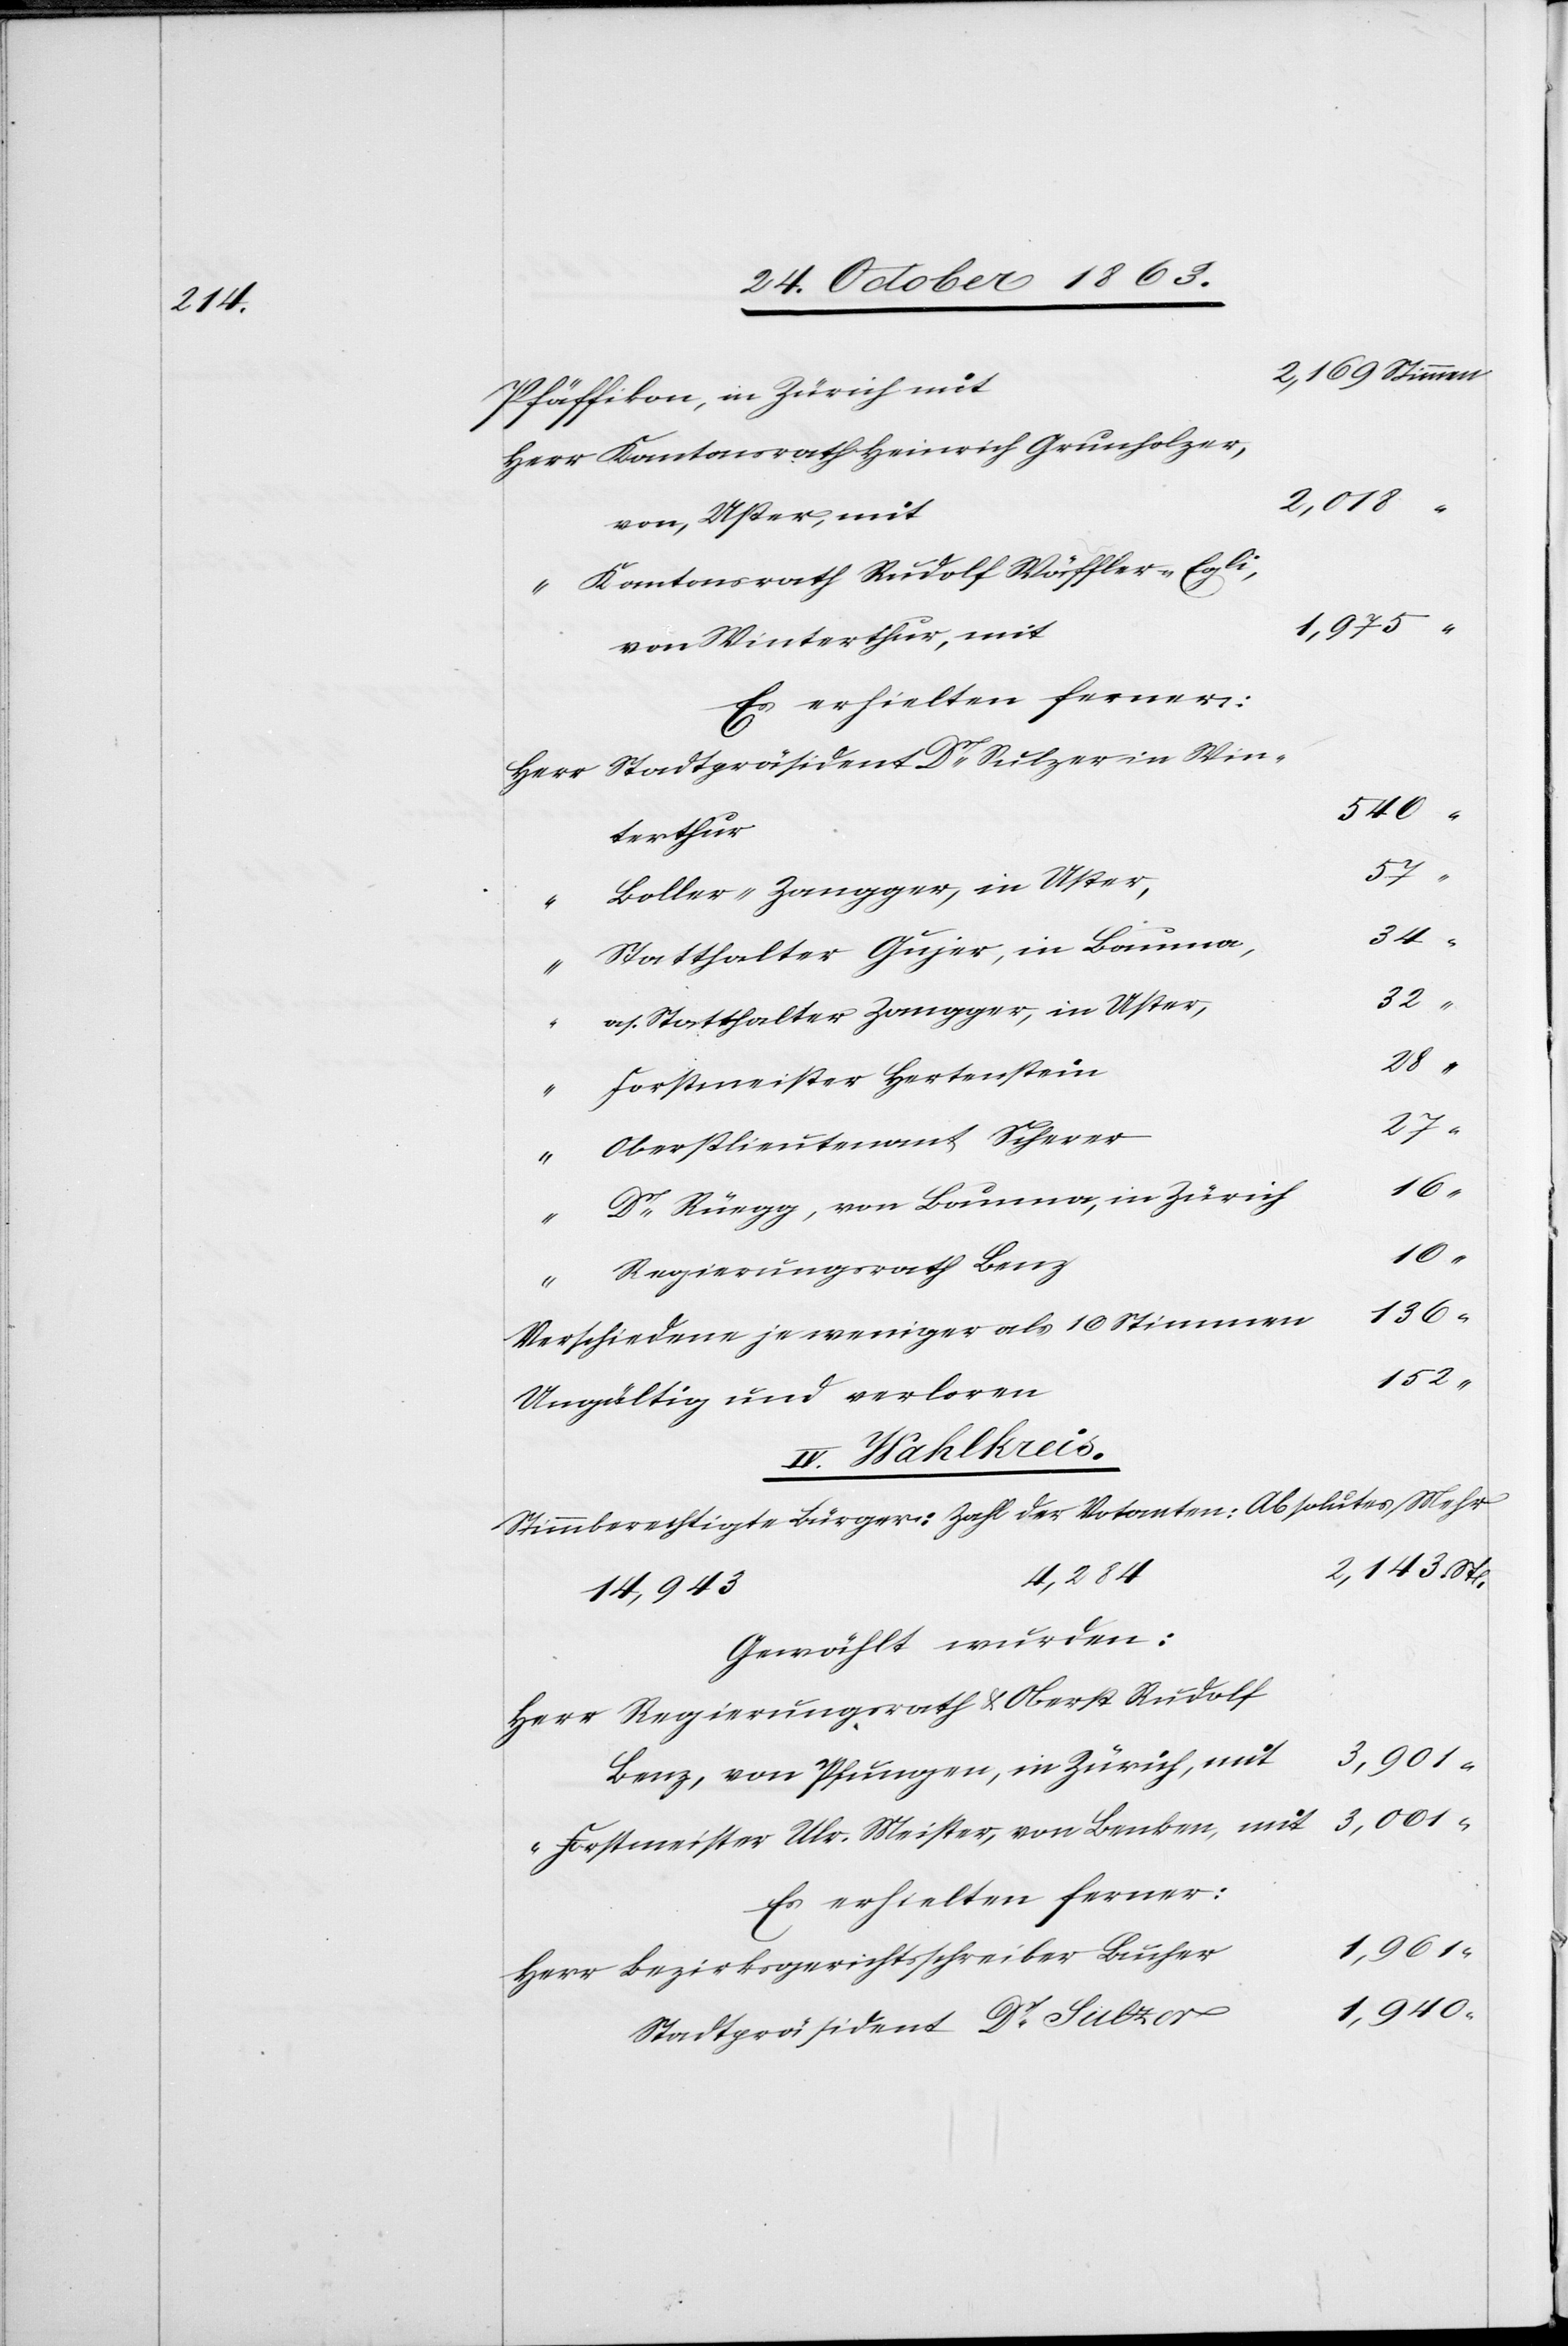
34

Pfäffikon, in Zürich mit
2,018
von, Uster, mit
Kantonsrath Rudolf Wäffler-Egli,
1,975
von Winterthur, mit
Stadtpräsident Dr Sulzer in Win¬
Herr
540
terthur
“
Boller-Zangger, in Uster,
57
Statthalter Gujer, in Bauma,
a/Statthalter Zangger, in Uster,
32
Forstmeister Hertenstein
St.
Oberstlieutenant Scherer
Dr Rüegg, von Bauma, in Zürich
“
Regierungsrath &
“
136
Verschiedene je weniger als 10 Stimmen
152
Ungültig und verloren
IV. Wahlkreis.
Stimmberechtigte Bürger:	Zahl der Votanten:	Absolutes Mehr:
1,940
Gewählt wurden:
Benz, von Pfungen, in Zürich, mit
3,001
Forstmeister Ulr. Meister, von Benken, mit
Es erhielten ferner:
Stadtpräsident Dr Sulzer